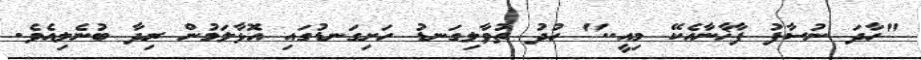
"ހާދަ ނުސާފު ފާޚާނާއެކޭ މިއީ.." ހުދު ތުވާލިގަނޑު ހަށިގަނޑުގައި އޮޅާލަމުން ރިދާ ބުނެލިއެވެ.